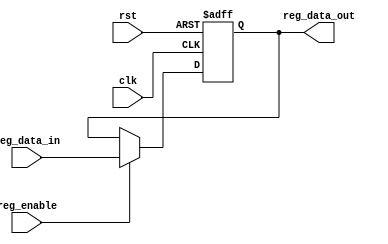
`timescale 1ns / 1ps

module Register #(parameter DATA_BITS = 32)(clk, rst, reg_enable, reg_data_in, reg_data_out);
  input clk;                    				      //
  input rst;                    				      //10
  input reg_enable;  							            //1reg_data_in
  input [DATA_BITS - 1: 0] reg_data_in;			  //
  output reg [DATA_BITS - 1: 0] reg_data_out = 0;	//
  reg [DATA_BITS - 1: 0] reg_data = 0;				    //

    initial
    begin
        reg_data<=0;
        reg_data_out<=0;
    end

  always @(posedge clk or posedge rst)
  begin
  	if (rst == 1)
  	begin
  		reg_data <= 0;
  	end
  	else if (reg_enable == 1)
  	begin
  	  reg_data <= reg_data_in;
  	end
  end

  always @(*)
  begin
  	reg_data_out <= reg_data;
  end
endmodule